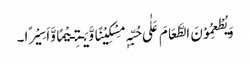
وَیُطْعِمُوْنَ الطَّعَامَ عَلٰی حُبِّہٖ مِسْکِیْنًا وَّیَـتِـیْمًا وَّاَسِیْرًا۔